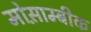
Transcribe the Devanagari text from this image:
मोस़ाम्बीक